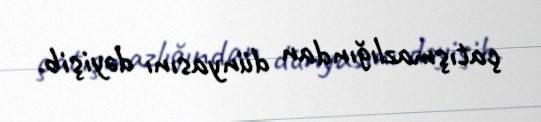
çatışmazlığından dünyasını dəyişib.